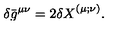
{ } \delta \bar { g } ^ { \mu \nu } = 2 { \delta X } ^ { ( \mu ; \nu ) } .